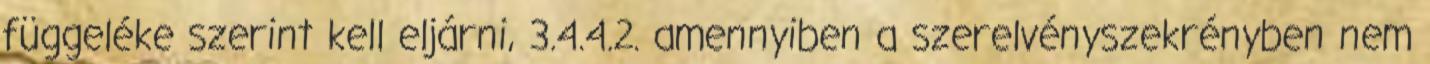
függeléke szerint kell eljárni, 3.4.4.2. amennyiben a szerelvényszekrényben nem